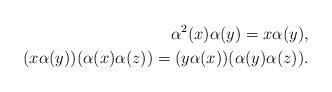
LaTeX: \begin{align*}\alpha^{2}(x)\alpha(y)=x\alpha(y),\\(x\alpha(y))(\alpha(x)\alpha(z))=(y\alpha(x))(\alpha(y)\alpha(z)).\end{align*}